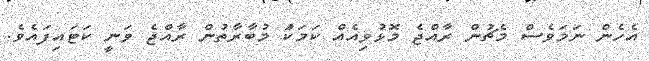
އެހެން ނަމަވެސް މެޗުން ރާއްޖެ މޮޅުވިއެއް ކަމަކަު މުބާރާތުން ރާއްޖެ ވަނީ ކަޓައިފައެވެ.